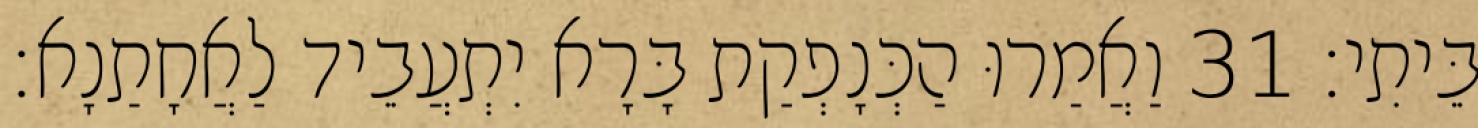
בֵּיתִי׃ 31 וַאֲמַרוּ הַכְּנָפְקַת בָּרָא יִתְעֲבֵיד לַאֲחָתַנָא׃